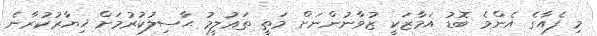
މި ފެއާގެ އެންމެ ބޮޑު އަމާޒަކީ ޒުވާނުންނަށް މަތީ ތަޢުލީމު ޙާސިލުކުރުމަށް ޚިޔާރުކުރާނެ